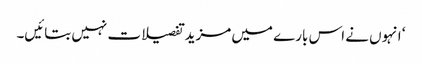
‘ انہوں نے اس بارے میں مزید تفصیلات نہیں بتائیں۔